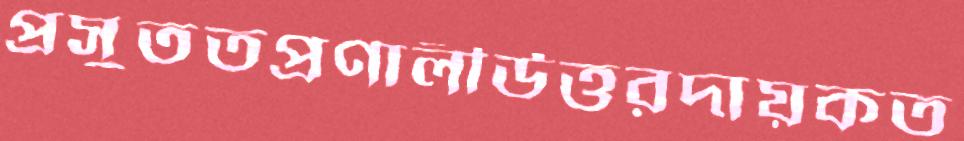
প্রসুততপ্রণালীউত্তরদায়কত